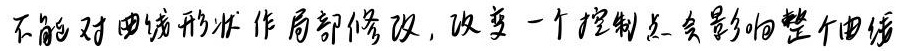
不能对曲线形状作局部修改，改变一个控制点会影响整个曲线